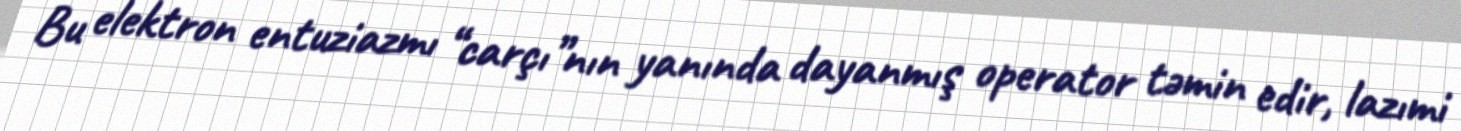
Bu elektron entuziazmı “carçı”nın yanında dayanmış operator təmin edir, lazımi